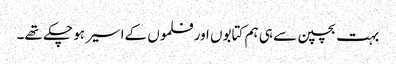
بہت بچپن سے ہی ہم کتابوں اور فلموں کےاسیر ہو چکے تھے۔